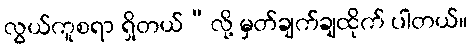
လွယ်ကူစရာ ရှိတယ်”လို့ မှတ်ချက်ချထိုက် ပါတယ်။